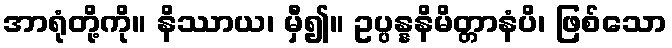
အာရုံတို့ကို။ နိဿာယ၊ မှီ၍။ ဥပ္ပန္နနိမိတ္တာနံပိ၊ ဖြစ်သော